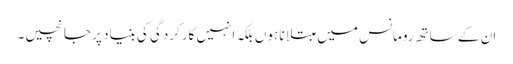
ان کے ساتھ رومانس میں مبتلا نا ہوں بلکہ انہیں کارکردگی کی بنیاد پر جانچیں۔